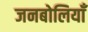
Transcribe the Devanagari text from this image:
जनबोलियाँ